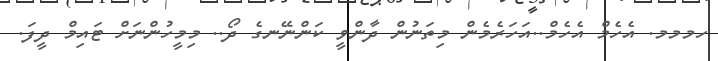
ހމމމ. އެހެމް އެހެމް..އަހަރެމެން މިތަނުން ދާންވީ ކަންނޭނގެ ދޯ.. މިމީހުންނަށް ޓައިމް ދީފަ.